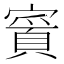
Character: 𫴉